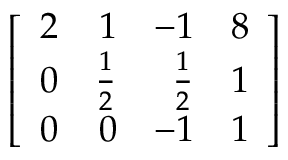
\left[ { \begin{array} { r r r r } { 2 } & { 1 } & { - 1 } & { 8 } \\ { 0 } & { { \frac { 1 } { 2 } } } & { { \frac { 1 } { 2 } } } & { 1 } \\ { 0 } & { 0 } & { - 1 } & { 1 } \end{array} } \right]